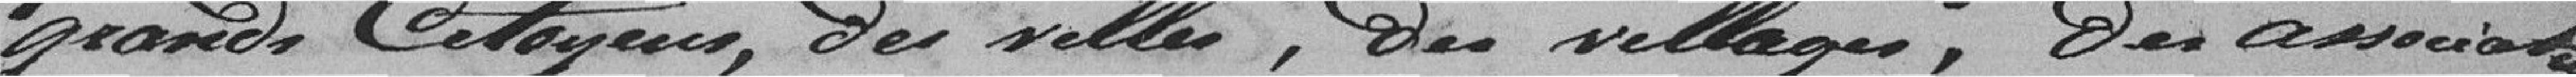
grands citoyens des villes, des villages, des associations,